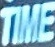
TIME